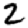
Digit: 2